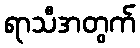
ရာသီအတွက်